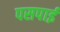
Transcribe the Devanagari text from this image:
पसपाई